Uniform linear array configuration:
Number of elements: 8
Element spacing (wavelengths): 0.25
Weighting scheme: hann
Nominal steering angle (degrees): -60
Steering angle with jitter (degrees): -61.904
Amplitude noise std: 0.05
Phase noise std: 0.05

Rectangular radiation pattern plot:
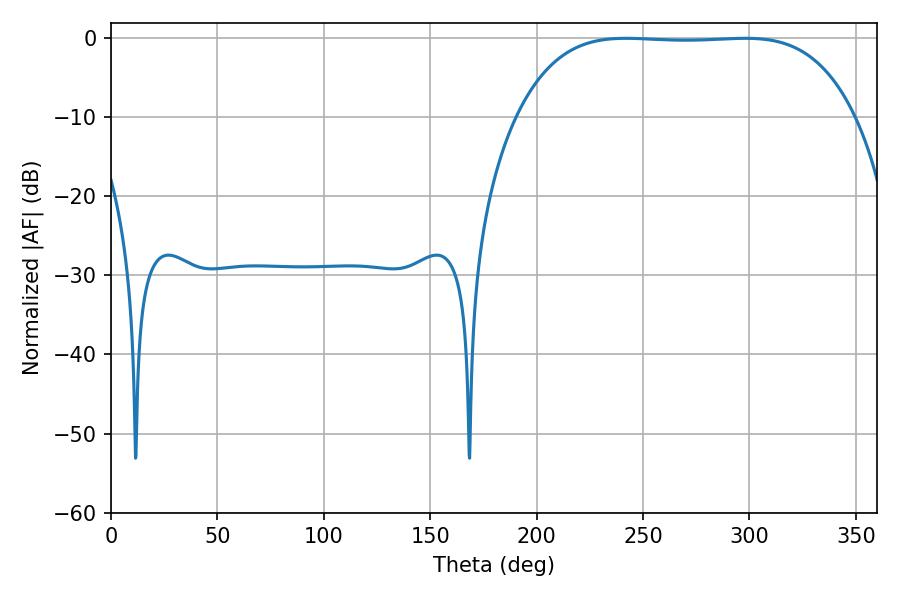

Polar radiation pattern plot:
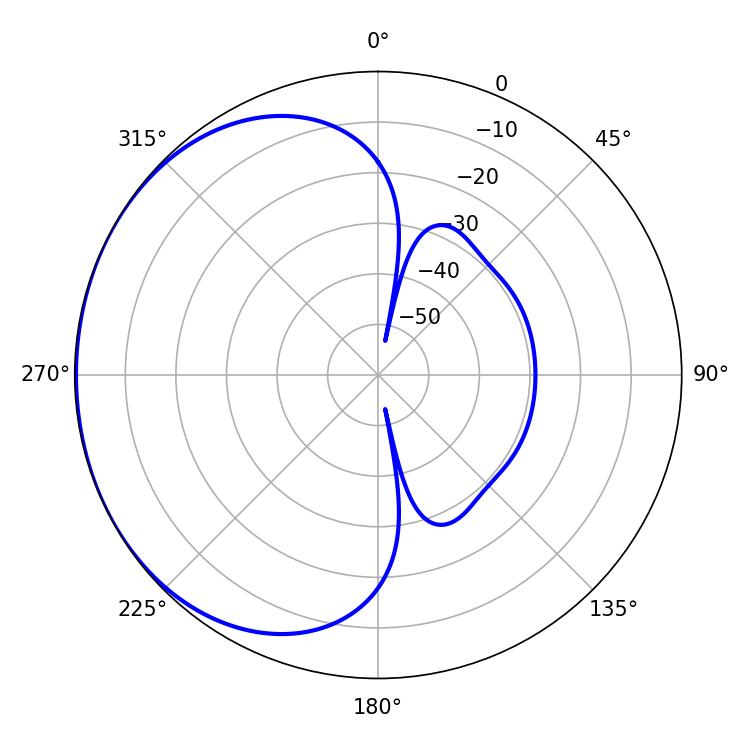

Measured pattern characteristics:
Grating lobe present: FALSE
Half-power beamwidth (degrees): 123.12
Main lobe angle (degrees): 241.92